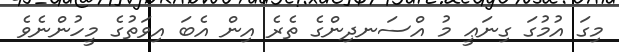
މިގަ އުމުގަ ގިނަޢީ މު އްސަނދިންގެ ތެރެ އިން އެބަ އިވަތުގެ މީހުންނެވެ